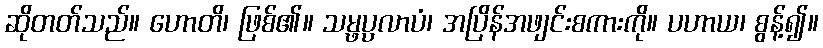
ဆိုတတ်သည်။ ဟောတိ၊ ဖြစ်၏။ သမ္ဖပ္ပလာပံ၊ အပြိန်အဖျင်းစကားကို။ ပဟာယ၊ စွန့်၍။